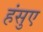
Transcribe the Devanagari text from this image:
हंसुए